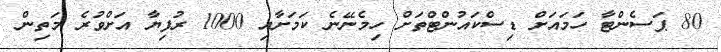
80 ޕަސެންޓާ ހަމައަށް ޑިސްކައުންޓްތަށް ހިމެނޭނެ ކަމަށާއި 1000 ރުފިޔާ އަށްވުރެ މަތިން